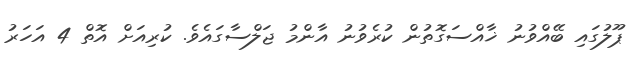
ޕޫލުގައި ބޭއްވުނު ޚާއްސަގޮތުން ކުރެވުނު އާންމު ޖަލްސާގައެވެ. ކުރިއަށް އޮތް 4 އަހަރު